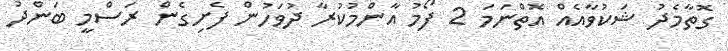
ގޮތާމެދު ޝަކުވާއެއް އޮތްނަމަ 2 ފޯމު އާންމުކުރާ ދުވަހުން ފެށިގެން ރަސްމީ ބަންދު